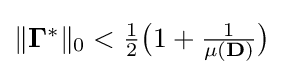
{\textstyle \|\mathbf {\Gamma } ^{*}\|_{0}<{\frac {1}{2}}{\big (}1+{\frac {1}{\mu (\mathbf {D} )}}{\big )}}